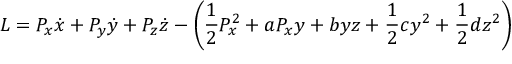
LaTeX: L = P _ { x } \dot { x } + P _ { y } \dot { y } + P _ { z } \dot { z } - \left( \frac { 1 } { 2 } P _ { x } ^ { 2 } + a P _ { x } y + b y z + \frac { 1 } { 2 } c y ^ { 2 } + \frac { 1 } { 2 } d z ^ { 2 } \right)